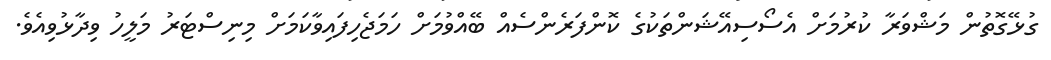
ގުޅޭގޮތުން މަޝްވަރާ ކުރުމަށް އެސޯސިއޭޝަންތަކުގެ ކޮންފަރެންސެއް ބޭއްވުމަށް ހަމަޖެހިފައިވާކަމަށް މިނިސްޓަރު މަލީހު ވިދާޅުވިއެވެ.